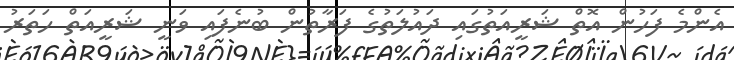
އެންމެ ފަހުން އޮތް ޝަރީއަތުގައި ދައުލަތުގެ ފަރާތުން ބުނެފައި ވަނީ ޝަރީއަތް ހަތަރު